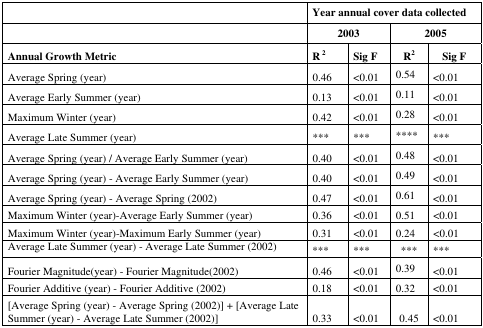
<table><thead><tr><td></td><td colspan="4"><b>Year annual cover data collected</b></td></tr><tr><td></td><td colspan="2"><b>2003</b></td><td colspan="2"><b>2005</b></td></tr><tr><td><b>Annual Growth Metric</b></td><td><b>R<sup>2</sup></b></td><td><b>Sig F</b></td><td><b>R<sup>2</sup></b></td><td><b>Sig F</b></td></tr></thead><tbody><tr><td>Average Spring (year)</td><td>0.46</td><td>&lt;0.01</td><td>0.54</td><td>&lt;0.01</td></tr><tr><td>Average Early Summer (year)</td><td>0.13</td><td>&lt;0.01</td><td>0.11</td><td>&lt;0.01</td></tr><tr><td>Maximum Winter (year)</td><td>0.42</td><td>&lt;0.01</td><td>0.28</td><td>&lt;0.01</td></tr><tr><td>Average Late Summer (year)</td><td>***</td><td>***</td><td>****</td><td>***</td></tr><tr><td>Average Spring (year) / Average Early Summer (year)</td><td>0.40</td><td>&lt;0.01</td><td>0.48</td><td>&lt;0.01</td></tr><tr><td>Average Spring (year) - Average Early Summer (year)</td><td>0.40</td><td>&lt;0.01</td><td>0.49</td><td>&lt;0.01</td></tr><tr><td>Average Spring (year) - Average Spring (2002)</td><td>0.47</td><td>&lt;0.01</td><td>0.61</td><td>&lt;0.01</td></tr><tr><td>Maximum Winter (year)-Average Early Summer (year)</td><td>0.36</td><td>&lt;0.01</td><td>0.51</td><td>&lt;0.01</td></tr><tr><td>Maximum Winter (year)-Maximum Early Summer (year)</td><td>0.31</td><td>&lt;0.01</td><td>0.24</td><td>&lt;0.01</td></tr><tr><td>Average Late Summer (year) - Average Late Summer (2002)</td><td>***</td><td>***</td><td>***</td><td>***</td></tr><tr><td>Fourier Magnitude(year) - Fourier Magnitude(2002)</td><td>0.46</td><td>&lt;0.01</td><td>0.39</td><td>&lt;0.01</td></tr><tr><td>Fourier Additive (year) - Fourier Additive (2002)</td><td>0.18</td><td>&lt;0.01</td><td>0.32</td><td>&lt;0.01</td></tr><tr><td>[Average Spring (year) - Average Spring (2002)] + [Average Late Summer (year) - Average Late Summer (2002)]</td><td>0.33</td><td>&lt;0.01</td><td>0.45</td><td>&lt;0.01</td></tr></tbody></table>